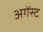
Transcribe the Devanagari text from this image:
अगेंस्‍ट